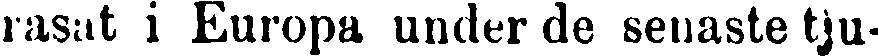
rasat i Europa under de senaste tju-